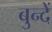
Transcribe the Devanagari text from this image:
बुन्दें